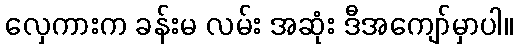
လှေကားက ခန်းမ လမ်း အဆုံး ဒီအကျော်မှာပါ။